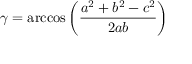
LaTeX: \gamma = \operatorname { a r c c o s } \left( { \frac { a ^ { 2 } + b ^ { 2 } - c ^ { 2 } } { 2 a b } } \right)